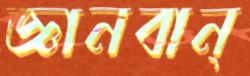
জ্ঞানবান্‌